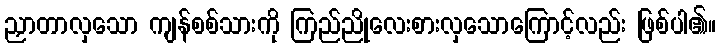
ညှာတာလှသော ကျန်စစ်သားကို ကြည်ညိုလေးစားလှသောကြောင့်လည်း ဖြစ်ပါ၏။